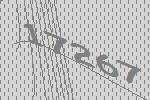
17267